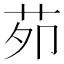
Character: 𦭘